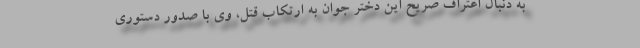
به دنبال اعتراف صریح این دختر جوان به ارتکاب قتل، وی با صدور دستوری